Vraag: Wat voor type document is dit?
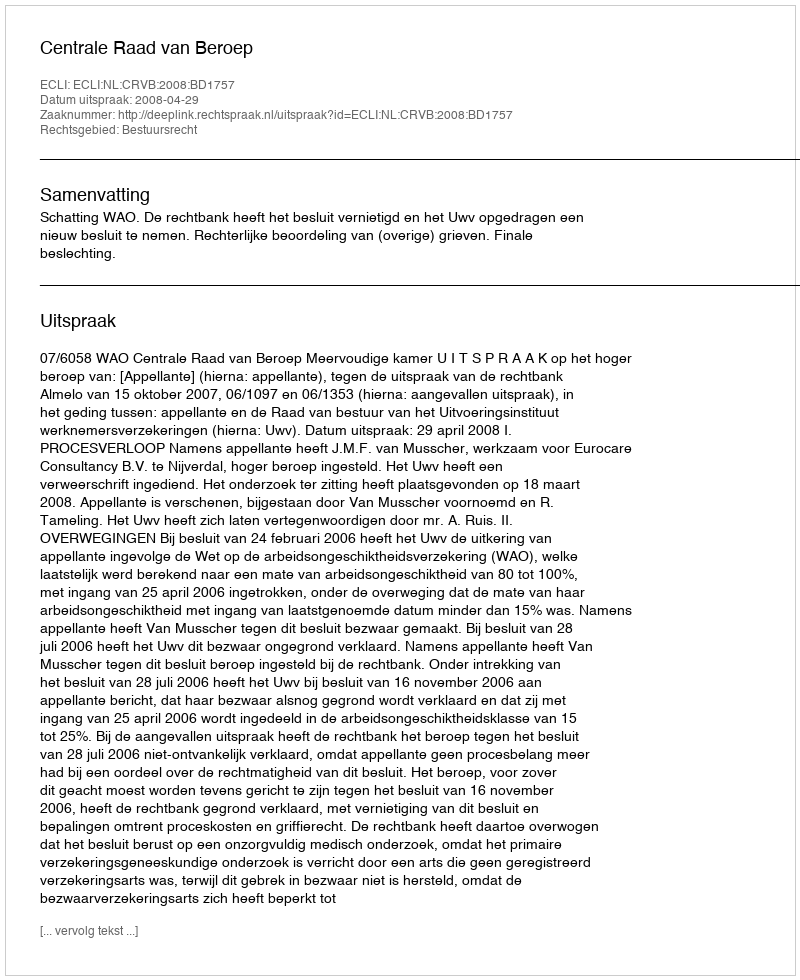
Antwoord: Uitspraak